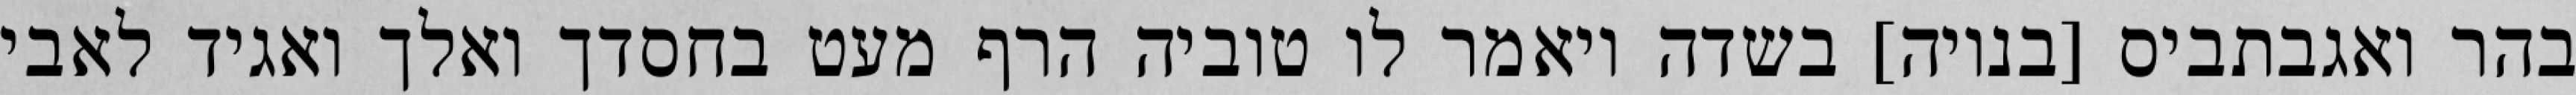
בהר ואגבתביס [בנויה] בשדה ויאמר לו טוביה הרף מעט בחסדך ואלך ואגיד לאבי